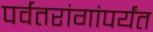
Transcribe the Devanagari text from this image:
पर्वतरांगांपर्यंत